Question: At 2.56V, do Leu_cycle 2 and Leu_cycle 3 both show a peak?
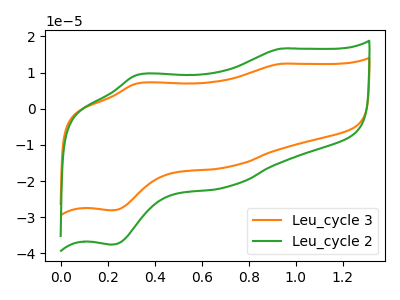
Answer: <think>The orange curve "Leu_cycle 3" has anodic peaks at (0.95V, 12.40uA) (0.35V, 7.00uA) and cathodic peaks at (0.70V, -16.10uA) (0.20V, -28.10uA). The green curve "Leu_cycle 2" has anodic peaks at (0.95V, 16.60uA) (0.35V, 9.40uA) and cathodic peaks at (0.70V, -21.55uA) (0.20V, -37.60uA).</think>
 <answer>No, "Leu_cycle 2" and "Leu_cycle 3" dont share a peak at 2.56V.</answer>
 <eval>mismatch</eval>